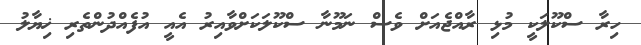
ހިރާ ސްކޫލަކީ މުޅި ރާއްޖެއަށް ވެސް ނަމޫނާ ސްކޫލަކަށްވާއިރު އެއީ އުފެއްދުންތެރި ޚިޔާލު